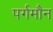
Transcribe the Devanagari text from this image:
पर्गमौन